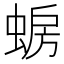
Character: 𫋈